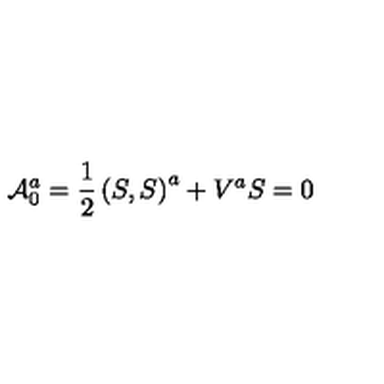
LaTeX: { \cal A } _ { 0 } ^ { a } = \frac 1 2 \left( S , S \right) ^ { a } + V ^ { a } S = 0